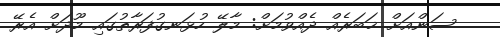
ސަންއަށް ޚަބަރެއް ދެއްވުމަށް: މާލޭ ހުޅަނގުފަރާތުގައި މޫދަށް އެރޭ